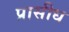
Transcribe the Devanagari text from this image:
प्रासीध